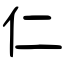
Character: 仁